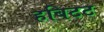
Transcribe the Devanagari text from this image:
हबिटट